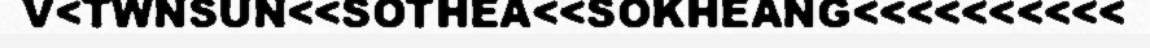
V<TWNSUN<<SOTHEA<<SOKHEANG<<<<<<<<<<